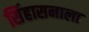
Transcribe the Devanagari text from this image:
सिंहासनाला